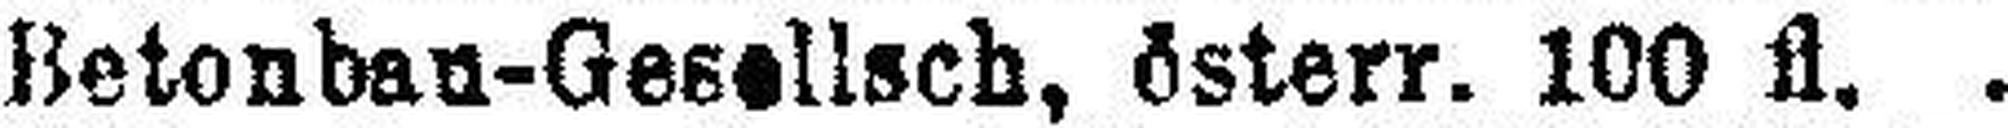
Betonban-Gesellsch, österr. 100 fl.